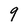
Character: 9